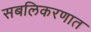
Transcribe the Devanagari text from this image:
सबलिकरणात